Calcutta medical institutions reports 1879-81 [i.e.91]
Year: 1879
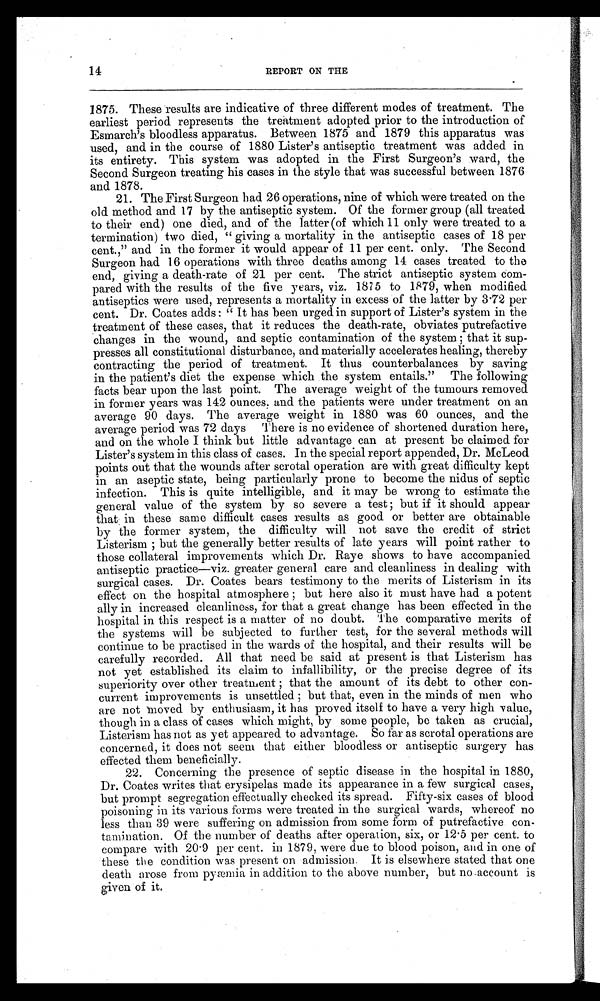
14
REPORT ON THE
1875. These results are indicative of three different modes of treatment. The
earliest period represents the treatment adopted prior to the introduction of
Esmarch's bloodless apparatus. Between 1875 and 1879 this apparatus was
used, and in the course of 1880 Lister's antiseptic treatment was added in
its entirety. This system was adopted in the First Surgeon's ward, the
Second Surgeon treating his cases in the style that was successful between 1876
and 1878.
21. The First Surgeon had 26 operations, nine of which were treated on the
old method and 17 by the antiseptic system. Of the former group (all treated
to their end) one died, and of the latter (of which 11 only were treated to a
termination) two died, " giving a mortality in the antiseptic cases of 18 per
cent.," and in the former it would appear of 11 per cent. only. The Second
Surgeon had 16 operations with three deaths among 14 cases treated to the
end, giving a death-rate of 21 per cent. The strict antiseptic system com
-
pared with the results of the five years, viz. 1875 to 1879, when modified
antiseptics were used, represents a mortality in excess of the latter by 3.72 per
cent. Dr. Coates adds: "It has been urged in support of Lister's system in the
treatment of these cases, that it reduces the death-rate, obviates putrefactive
changes in the wound, and septic contamination of the system; that it sup
-
presses all constitutional disturbance, and materially accelerates healing, thereby
contracting the period of treatment. It thus counterbalances by saving
in the patient's diet the expense which the system entails." The following
facts bear upon the last point. The average weight of the tumours removed
in former years was 142 ounces, and the patients were under treatment on an
average 90 days. The average weight in 1880 was 60 ounces, and the
average period was 72 days There is no evidence of shortened duration here,
and on the whole I think but little advantage can at present be claimed for
Lister's system in this class of cases. In the special report appended, Dr. McLeod
points out that the wounds after scrotal operation are with great difficulty kept
in an aseptic state, being particularly prone to become the nidus of septic
infection. This is quite intelligible, and it may be wrong to estimate the
general value of the system by so severe a test; but if it should appear
that, in these same difficult cases results as good or better are obtainable
by the former system, the difficulty will not save the credit of strict
Listerism; but the generally better results of late years will point rather to
those collateral improvements which Dr. Raye shows to have accompanied
antiseptic practice—viz. greater general care and cleanliness in dealing with
surgical cases. Dr. Coates bears testimony to the merits of Listerism in its
effect on the hospital atmosphere; but here also it must have had a potent
ally in increased cleanliness, for that a great change has been effected in the
hospital in this respect is a matter of no doubt. 'The comparative merits of
the systems will be subjected to further test, for the several methods will
continue to be practised in the wards of the hospital, and their results will be
carefully recorded. All that need be said at present is that Listerism has
not yet established its claim to infallibility, or the precise degree of its
superiority over other treatment; that the amount of its debt to other con
-
current improvements is unsettled; but that, even in the minds of men who
are not moved by enthusiasm, it has proved itself to have a very high value,
though in a class of cases which might, by some people, be taken as crucial,
Listerism has not as yet appeared to advantage. So far as scrotal operations are
concerned, it does not seem that either bloodless or antiseptic surgery has
effected them beneficially.
22. Concerning the presence of septic disease in the hospital in 1880,
Dr. Coates writes that erysipelas made its appearance in a few surgical cases,
but prompt segregation effectually checked its spread. Fifty-six cases of blood
poisoning in its various forms were treated in the surgical wards, whereof no
less than 39 were suffering on admission from some form of putrefactive con
-
tamination. Of the number of deaths after operation, six, or 12.5 per cent. to
compare with 20.9 per cent. in 1879, were due to blood poison, and in one of
these the condition was present on admission. It is elsewhere stated that one
death arose from pyæmia in addition to the above number, but no account is
given of it.